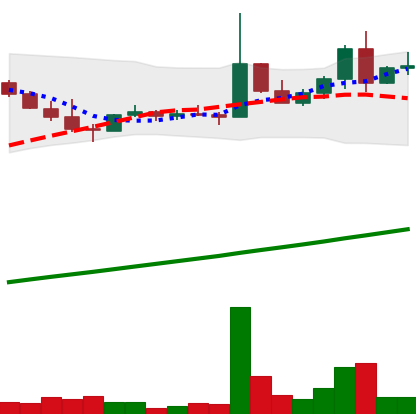
Ticker: DOGE-USD
Chart end date: 2021-04-09
Forward return: 96.999%
Label: up_7plus